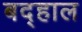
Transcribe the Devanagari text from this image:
बद्हाल